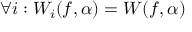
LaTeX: \forall i : W _ { i } ( f , \alpha ) = W ( f , \alpha )